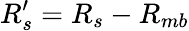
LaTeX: R_{s}^{\prime}=R_{s}-R_{mb}